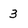
Character: 3